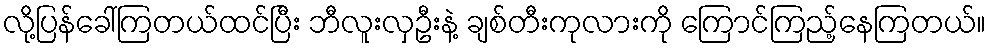
လို့ပြန်ခေါ်ကြတယ်ထင်ပြီး ဘီလူးလှဦးနဲ့ ချစ်တီးကုလားကို ကြောင်ကြည့်နေကြတယ်။